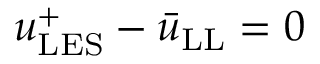
u _ { \mathrm { L E S } } ^ { + } - \bar { u } _ { \mathrm { L L } } = 0